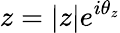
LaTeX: z=|z|e^{i\theta_{z}}